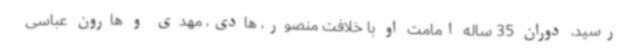
رسید، دوران 35 ساله امامت او با خلافت منصور، هادی، مهدی و هارون عباسی